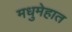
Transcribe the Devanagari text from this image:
मधुमेहात